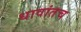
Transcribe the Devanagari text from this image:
धावांतच